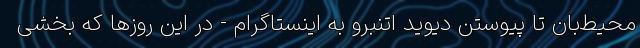
محیط‌بان تا پیوستن دیوید اتنبرو به اینستاگرام - در این روزها که بخشی